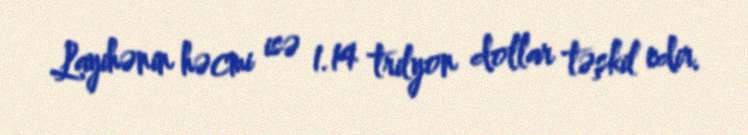
Layihənin həcmi isə 1.14 trilyon dollar təşkil edir.